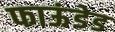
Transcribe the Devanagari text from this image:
फाऊंडेड